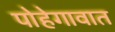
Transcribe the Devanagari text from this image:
पोहेगावात